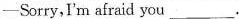
-Sorry,I'm afraid you ____________。